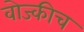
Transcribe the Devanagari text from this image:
वोज्कीच